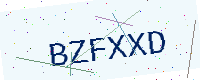
Text: BZFXXD